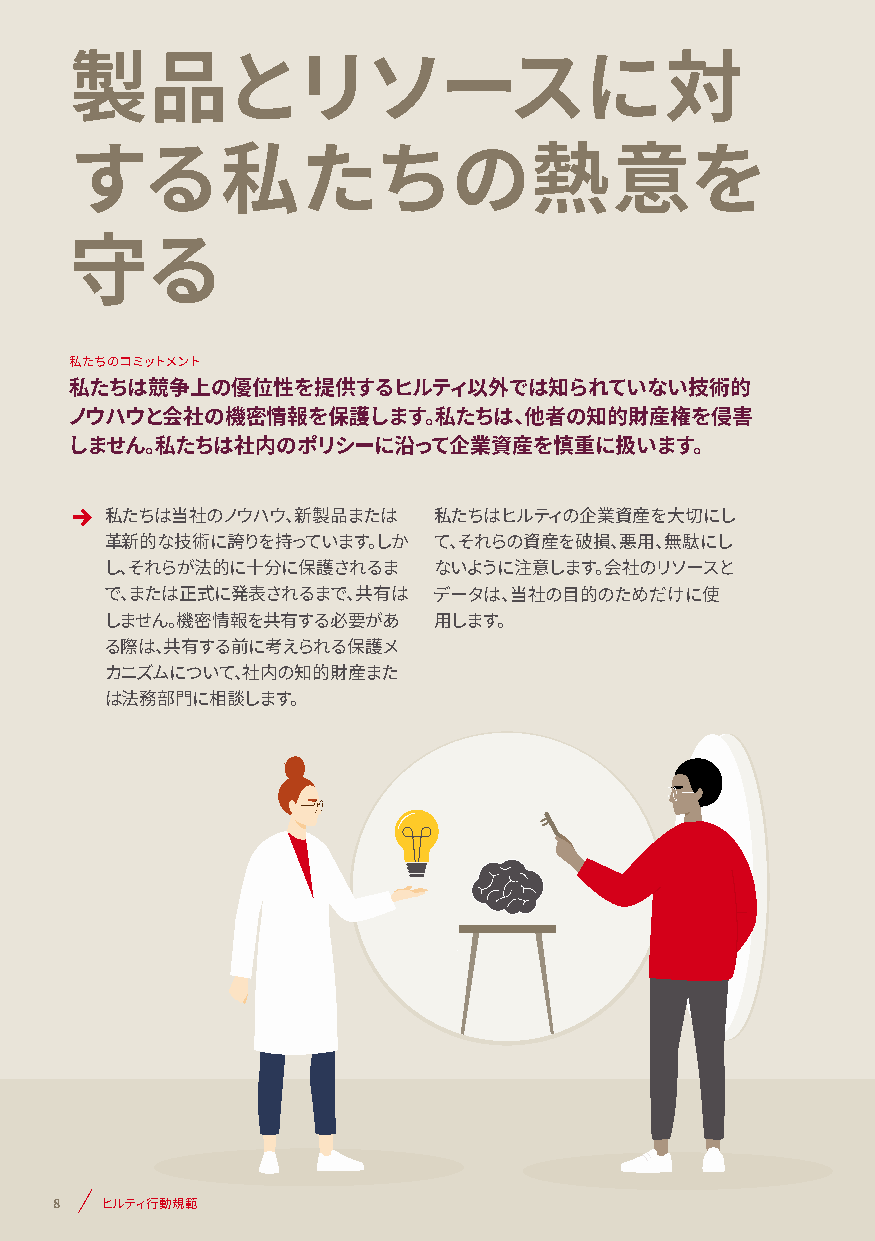
製品とリソースに対
 する私たちの熱意を
 守る
 私たちのコミットメント
 私たちは競争上の優位性を提供するヒルティ以外では知られていない技術的
 ノウハウと会社の機密情報を保護します。私たちは、他者の知的財産権を侵害
 しません。私たちは社内のポリシーに沿って企業資産を慎重に扱います。
 私たちは当社のノウハウ、新製品または    私たちはヒルティの企業資産を大切にし
 革新的な技術に誇りを持っています。しか   て、それらの資産を破損、悪用、無駄にし
 し、それらが法的に十分に保護されるま    ないように注意します。会社のリソースと
 で、または正式に発表されるまで、共有は   データは、当社の目的のためだけに使
 しません。機密情報を共有する必要があ    用します。
 る際は、共有する前に考えられる保護メ
 カニズムについて、社内の知的財産また
 は法務部門に相談します。
 8  ヒルティ行動規範